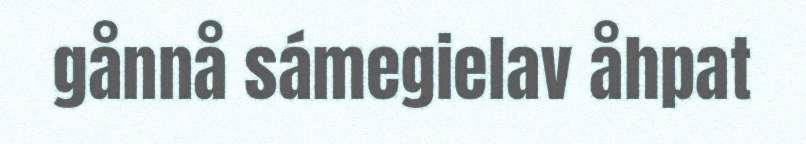
gånnå sámegielav åhpat